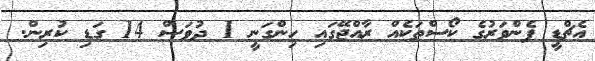
އެޗްޑީ ފެންވަރުގެ ކޯސްތަކެއް ރާއްޖޭގައި ހިންގަނީ 1 ދުވަސް 14 ގަޑި ކުރިން.